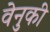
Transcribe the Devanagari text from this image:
वेनुकी